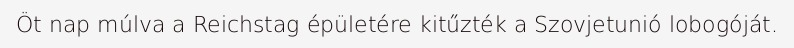
Öt nap múlva a Reichstag épületére kitűzték a Szovjetunió lobogóját.